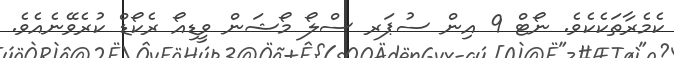
ކެމެރާތަކެކެވެ. ނޯޓް 9 އިން ސުޕަރ ސްލޯ މޯޝަން ވީޑިއޯ ރެކޯޑް ކުރެވޭނެއެވެ.